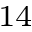
^ { 1 4 }